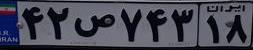
۴۲ص۷۴۳۱۸